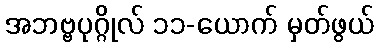
အဘဗ္ဗပုဂ္ဂိုလ် ၁၁-ယောက် မှတ်ဖွယ်